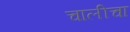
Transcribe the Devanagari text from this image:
चालीचा